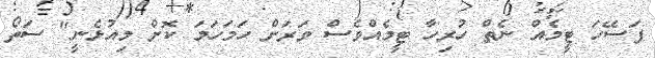
ފަސޭހަ ޓީމެއް ނެތް ހުރިހާ ޓީމެއްވެސް ވަރަށް ހަމަހަމަ ކޮށް މިއުޅެނީ" ސަތޯ